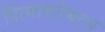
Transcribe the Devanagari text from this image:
पित्याबरोबरच